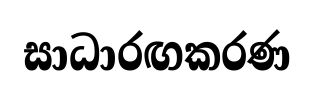
සාධාරඟකරණ